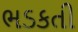
ભડકતી